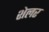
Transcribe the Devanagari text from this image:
शेलर